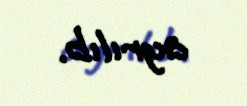
ayrılıb.